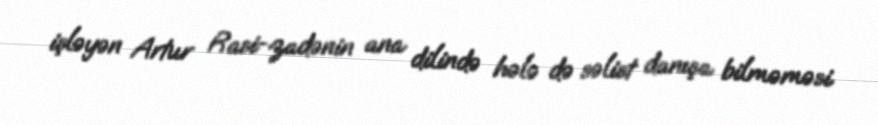
işləyən Artur Rasi-zadənin ana dilində hələ də səlist danışa bilməməsi